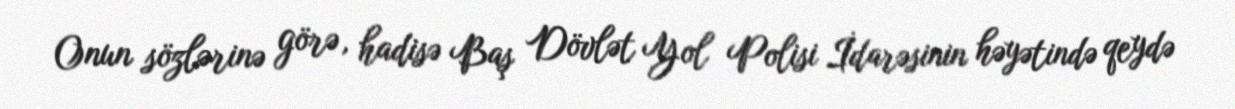
Onun sözlərinə görə, hadisə Baş Dövlət Yol Polisi İdarəsinin həyətində qeydə